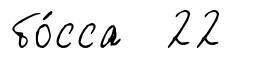
бо́сса 22